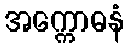
အက္ကောဓနံ